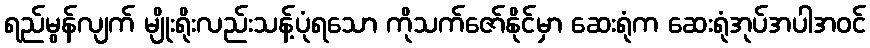
ရည်မွန်လျက် မျိုးရိုးလည်းသန့်ပုံရသော ကိုသက်ဇော်နိုင်မှာ ဆေးရုံက ဆေးရုံအုပ်အပါအဝင်